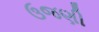
ઉજણી